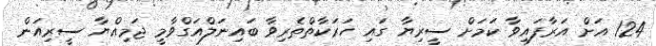
124 އަށް އަރާފައިވާ ކަމަށް ސީރިޔާ ގައި ހަރަކާތްތެރިވާ ބައިނަލްއަގްވާމީ ޖަމިއްޔާ ސީރިއަން